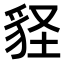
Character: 𧲵